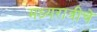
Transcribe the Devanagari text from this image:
मध्यरात्रीचे